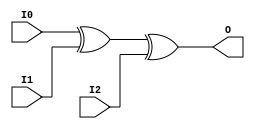
module X_XOR3 (O, I0, I1, I2);

  output O;
  input I0, I1, I2;

  xor (O, I0, I1, I2);

  specify

	(I0 => O) = (0:0:0, 0:0:0);
	(I1 => O) = (0:0:0, 0:0:0);
	(I2 => O) = (0:0:0, 0:0:0);

	specparam PATHPULSE$ = 0;

  endspecify

endmodule